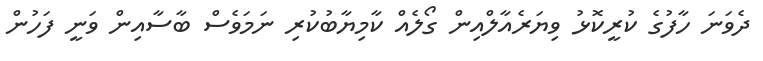
ދެވަނަ ހާފުގެ ކުރީކޮޅު ވިޔަރެއާލްއިން ގޯލެއް ކާމިޔާބުކުރި ނަމަވެސް ބާސާއިން ވަނީ ފަހުން